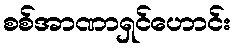
စစ်အာဏာရှင်ဟောင်း